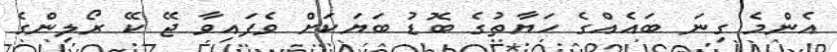
އެންމެ ގިނަ ބައެއްގެ ހަޔާތުގެ ބޮޑު ބަޔަކަށް ވެފައިވާ ޖޭ ކޭ ރޯލިންގެ